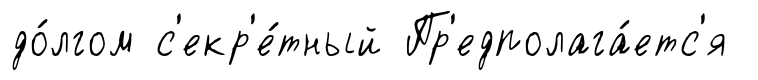
до́лгом с'екр'е́тный Пр'едполага́етс'я